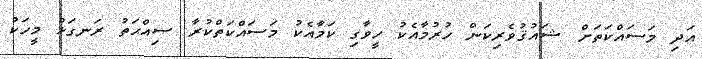
އަދި މަސައްކަތަށް ޝައުޤުވެރިކަން ހުރުމާއެކު ހީވާގި ކަމާއެކު މަސައްކަތްކުރާ ޞިއްޙަތު ރަނގަޅު މީހަކު